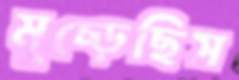
মুচ্‌ড়েছিস